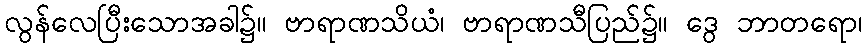
လွန်လေပြီးသောအခါ၌။ ဗာရာဏသိယံ၊ ဗာရာဏသီပြည်၌။ ဒွေ ဘာတရော၊